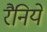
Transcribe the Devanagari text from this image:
रैनिये